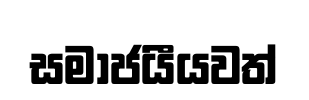
සමාජයීයවත්